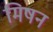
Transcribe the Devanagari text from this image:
मिषन